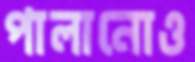
পালানোও